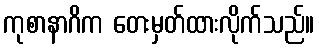
ကုစာနာဂိက တေးမှတ်ထားလိုက်သည်။